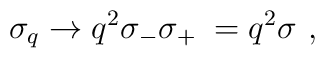
\sigma _{q}\rightarrow q^{2}\sigma _{-}\sigma _{+\,\,}=q^{2}\sigma \,\,,